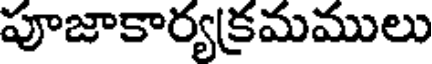
పూజాకార్యక్రమములు